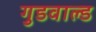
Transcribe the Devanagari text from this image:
गुडवाल्ड